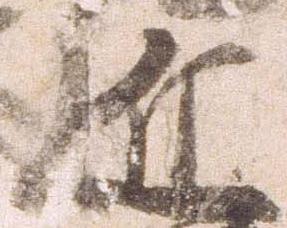
近